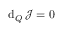
\mathrm { d } _ { Q } \, \mathcal { J } = 0